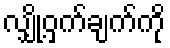
လျှို့ဝှက်ချက်ကို